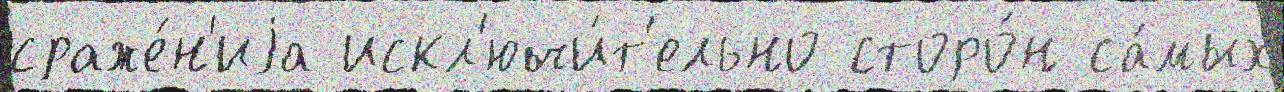
сраже́н'иjа искл'ючи́т'ельно сторо́н са́мых